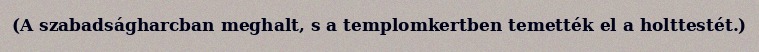
(A szabadságharcban meghalt, s a templomkertben temették el a holttestét.)